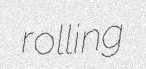
rolling